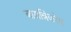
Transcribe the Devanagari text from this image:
बारान्निकोब